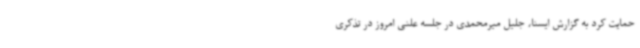
حمایت کرد به گزارش ایسنا، جلیل میرمحمدی در جلسه علنی امروز در تذکری